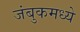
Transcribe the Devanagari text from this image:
जंबुकमध्ये